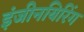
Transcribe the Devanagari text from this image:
इंजीनयिरिंग